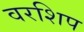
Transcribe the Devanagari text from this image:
वरशिप